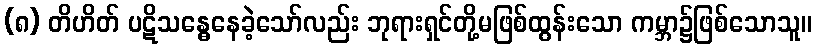
(၈) တိဟိတ် ပဋိသန္ဓေနေခဲ့သော်လည်း ဘုရားရှင်တို့မဖြစ်ထွန်းသော ကမ္ဘာ၌ဖြစ်သောသူ။